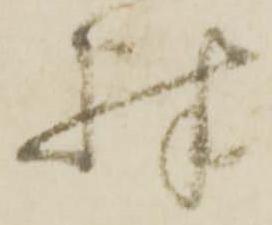
殊